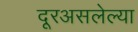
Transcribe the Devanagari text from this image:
दूरअसलेल्या